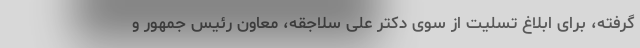
گرفته، برای ابلاغ تسلیت از سوی دکتر علی سلاجقه، معاون رئیس جمهور و